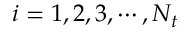
i = 1 , 2 , 3 , \cdots , N _ { t }